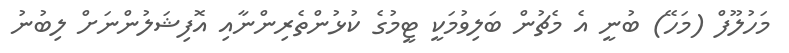
މަހުލޫފް (މަހޭ) ބުނީ އެ މެޗުން ބަލިވުމަކީ ޓީމުގެ ކުޅުންތެރިންނާއި އޮފިޝަލުންނަށް ލިބުނު